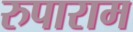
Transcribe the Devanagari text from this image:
रुपाराम